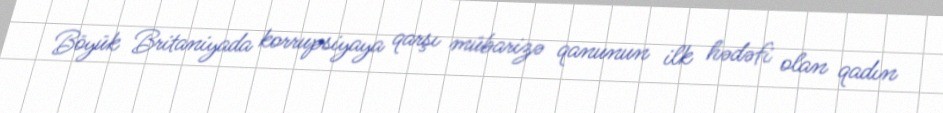
Böyük Britaniyada korrupsiyaya qarşı mübarizə qanunun ilk hədəfi olan qadın